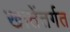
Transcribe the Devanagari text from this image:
खातेंतर्गत